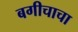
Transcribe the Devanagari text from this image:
बगीचाचा